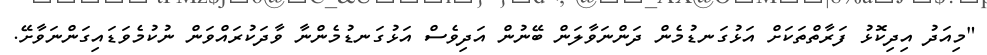
"މިއަދު އިދިކޮޅު ފަރާތްތަކަށް އަޅުގަނޑުމެން ދަންނަވާލަން ބޭނުންް އަދިވެސް އަޅުގަނޑުމެންނާ ވާދަކުރައްވަން ނުކުމެވަޑައިގަންނަވާށޭ.